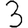
Digit: 3